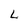
Character: L